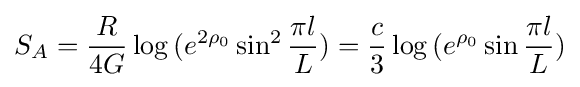
S_{A}={\frac {R}{4G}}\log {(e^{2\rho _{0}}\sin ^{2}{\frac {\pi l}{L}})}={\frac {c}{3}}\log {(e^{\rho _{0}}\sin {\frac {\pi l}{L}})}